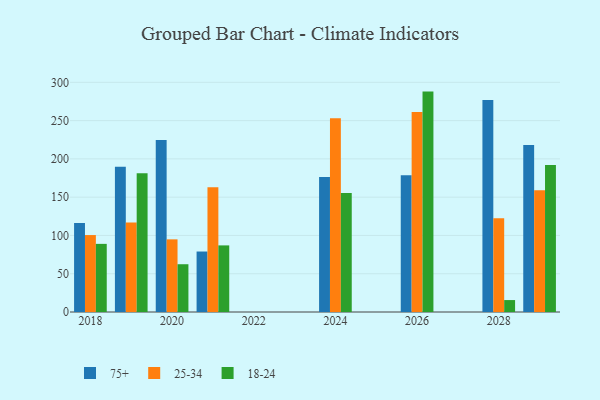
{"axis": {"x": "Year", "y": "Churn Rate (%)"}, "legend": ["18-24", "25-34", "75+"], "data": [{"x": "2026", "y": 178.6, "type": "75+"}, {"x": "2026", "y": 261.3, "type": "25-34"}, {"x": "2026", "y": 287.9, "type": "18-24"}, {"x": "2020", "y": 224.6, "type": "75+"}, {"x": "2020", "y": 94.9, "type": "25-34"}, {"x": "2020", "y": 62.4, "type": "18-24"}, {"x": "2019", "y": 189.7, "type": "75+"}, {"x": "2019", "y": 117.0, "type": "25-34"}, {"x": "2019", "y": 181.2, "type": "18-24"}, {"x": "2018", "y": 116.4, "type": "75+"}, {"x": "2018", "y": 100.5, "type": "25-34"}, {"x": "2018", "y": 89.0, "type": "18-24"}, {"x": "2021", "y": 79.0, "type": "75+"}, {"x": "2021", "y": 162.8, "type": "25-34"}, {"x": "2021", "y": 87.0, "type": "18-24"}, {"x": "2029", "y": 218.2, "type": "75+"}, {"x": "2029", "y": 159.2, "type": "25-34"}, {"x": "2029", "y": 192.1, "type": "18-24"}, {"x": "2024", "y": 176.5, "type": "75+"}, {"x": "2024", "y": 253.0, "type": "25-34"}, {"x": "2024", "y": 155.4, "type": "18-24"}, {"x": "2028", "y": 277.0, "type": "75+"}, {"x": "2028", "y": 122.3, "type": "25-34"}, {"x": "2028", "y": 15.6, "type": "18-24"}]}